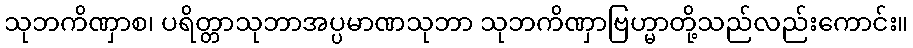
သုဘကိဏှာစ၊ ပရိတ္တာသုဘာအပ္ပမာဏသုဘာ သုဘကိဏှာဗြဟ္မာတို့သည်လည်းကောင်း။